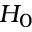
H _ { 0 }